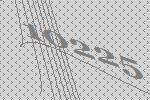
10225